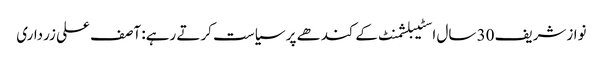
نوازشریف 30 سال اسٹیبلشمنٹ کےکندھے پر سیاست کرتے رہے: آصف علی زرداری